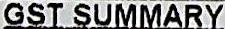
GST SUMMARY